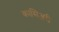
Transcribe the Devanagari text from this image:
कासिअरी